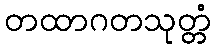
တထာဂတသုတ္တံ